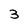
Character: 3